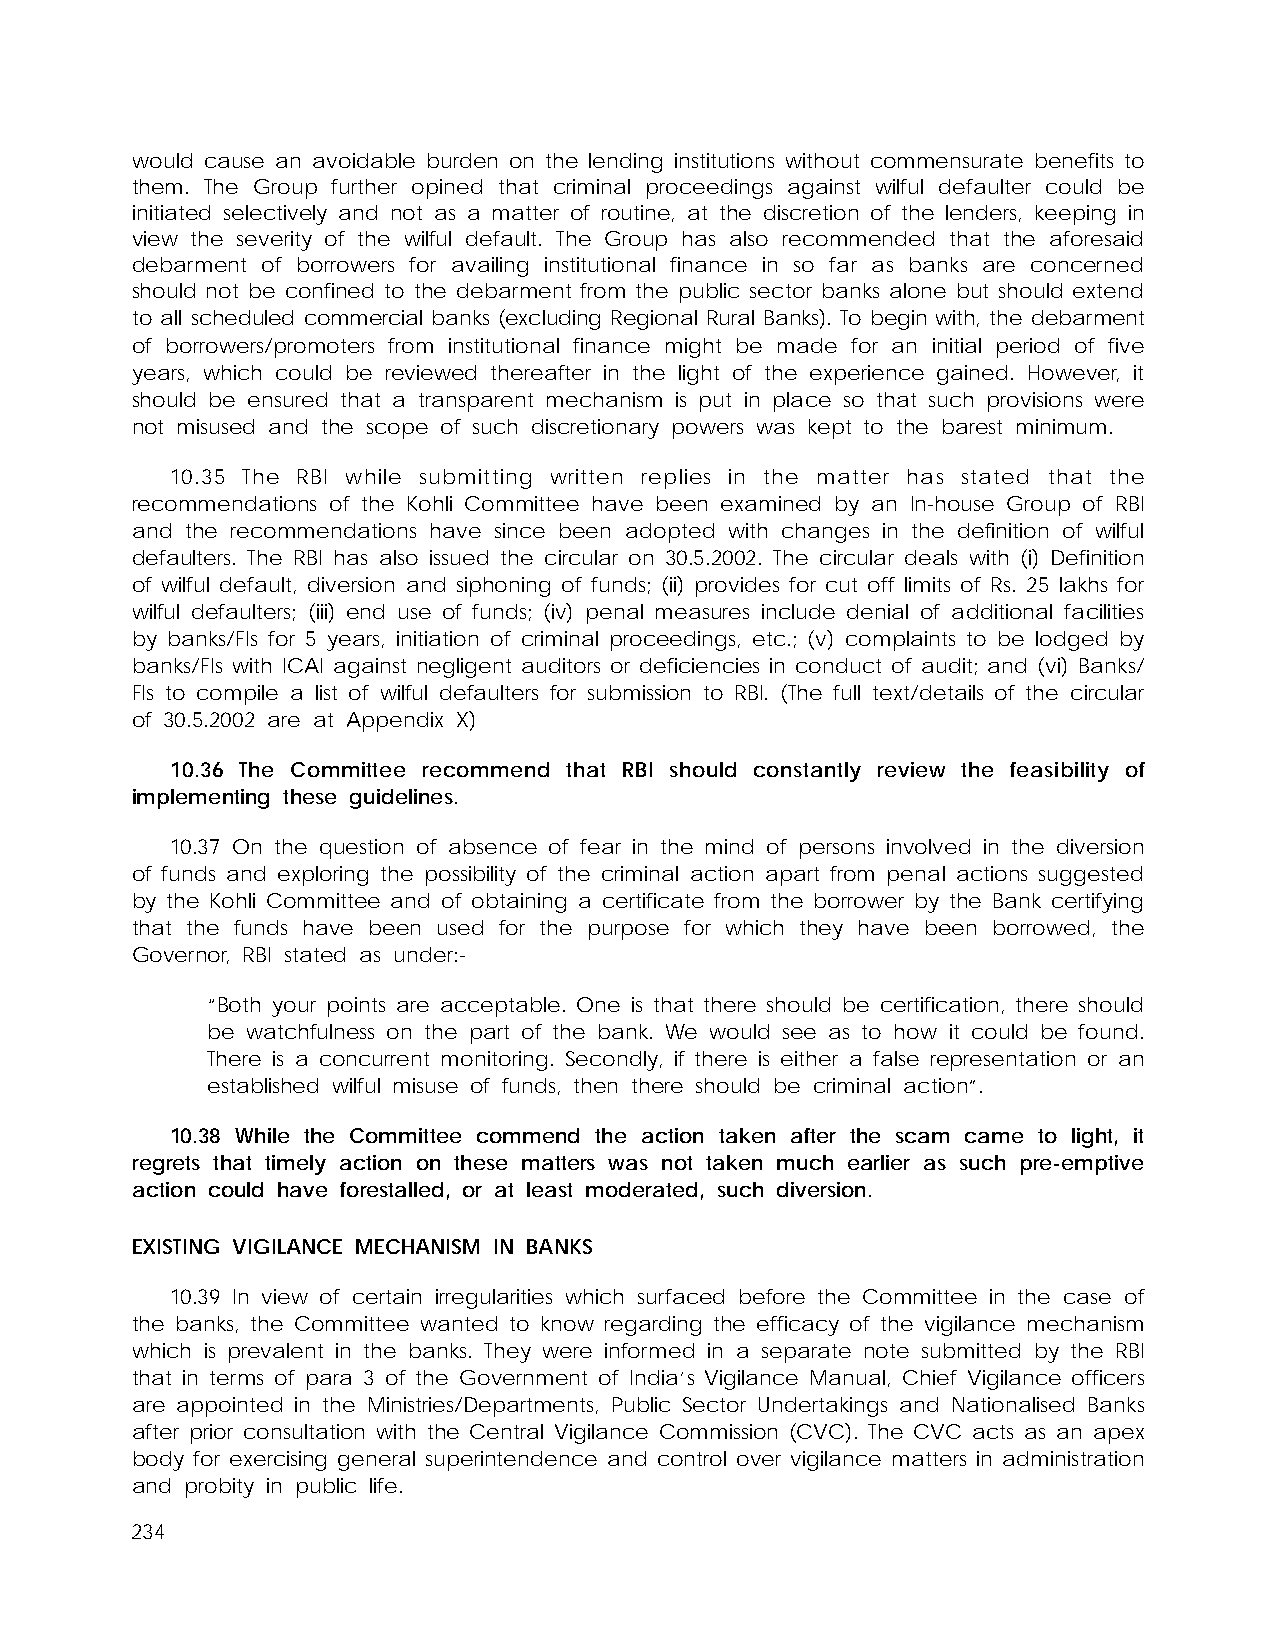
would cause an avoidable burden on the lending institutions without commensurate benefits to
 them. The Group further opined that criminal proceedings against wilful defaulter could be
 initiated selectively and not as a matter of routine, at the discretion of the lenders, keeping in
 view the severity of the wilful default. The Group has also recommended that the aforesaid
 debarment of borrowers for availing institutional finance in so far as banks are concerned
 should not be confined to the debarment from the public sector banks alone but should extend
 to all scheduled commercial banks (excluding Regional Rural Banks). To begin with, the debarment
 of borrowers/promoters from institutional finance might be made for an initial period of five
 years, which could be reviewed thereafter in the light of the experience gained. However, it
 should be ensured that a transparent mechanism is put in place so that such provisions were
 not misused and the scope of such discretionary powers was kept to the barest minimum.
 10.35 The RBI while submitting written replies in the matter has stated that the
 recommendations of the Kohli Committee have been examined by an In-house Group of RBI
 and the recommendations have since been adopted with changes in the definition of wilful
 defaulters. The RBI has also issued the circular on 30.5.2002. The circular deals with (i) Definition
 of wilful default, diversion and siphoning of funds; (ii) provides for cut off limits of Rs. 25 lakhs for
 wilful defaulters; (iii) end use of funds; (iv) penal measures include denial of additional facilities
 by banks/FIs for 5 years, initiation of criminal proceedings, etc.; (v) complaints to be lodged by
 banks/FIs with ICAI against negligent auditors or deficiencies in conduct of audit; and (vi) Banks/
 FIs to compile a list of wilful defaulters for submission to RBI. (The full text/details of the circular
 of 30.5.2002 are at Appendix X)
 10.36 The Committee recommend that RBI should constantly review the feasibility of
 implementing these guidelines.
 10.37 On the question of absence of fear in the mind of persons involved in the diversion
 of funds and exploring the possibility of the criminal action apart from penal actions suggested
 by the Kohli Committee and of obtaining a certificate from the borrower by the Bank certifying
 that the funds have been used for the purpose for which they have been borrowed, the
 Governor, RBI stated as under:-
 “Both your points are acceptable. One is that there should be certification, there should
 be watchfulness on the part of the bank. We would see as to how it could be found.
 There is a concurrent monitoring. Secondly, if there is either a false representation or an
 established wilful misuse of funds, then there should be criminal action”.
 10.38 While the Committee commend the action taken after the scam came to light, it
 regrets that timely action on these matters was not taken much earlier as such pre-emptive
 action could have forestalled, or at least moderated, such diversion.
 EXISTING VIGILANCE MECHANISM IN BANKS
 10.39 In view of certain irregularities which surfaced before the Committee in the case of
 the banks, the Committee wanted to know regarding the efficacy of the vigilance mechanism
 which is prevalent in the banks. They were informed in a separate note submitted by the RBI
 that in terms of para 3 of the Government of India’s Vigilance Manual, Chief Vigilance officers
 are appointed in the Ministries/Departments, Public Sector Undertakings and Nationalised Banks
 after prior consultation with the Central Vigilance Commission (CVC). The CVC acts as an apex
 body for exercising general superintendence and control over vigilance matters in administration
 and probity in public life.
 234